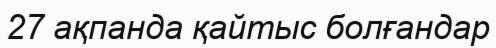
27 ақпанда қайтыс болғандар